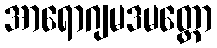
အာရောဂျမဒမတ္တော